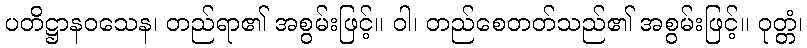
ပတိဋ္ဌာနဝသေန၊ တည်ရာ၏ အစွမ်းဖြင့်။ ဝါ၊ တည်စေတတ်သည်၏ အစွမ်းဖြင့်။ ဝုတ္တံ၊